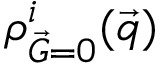
{ \rho _ { \vec { G } = 0 } ^ { i } ( \vec { q } ) }